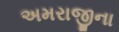
અમરાજીના